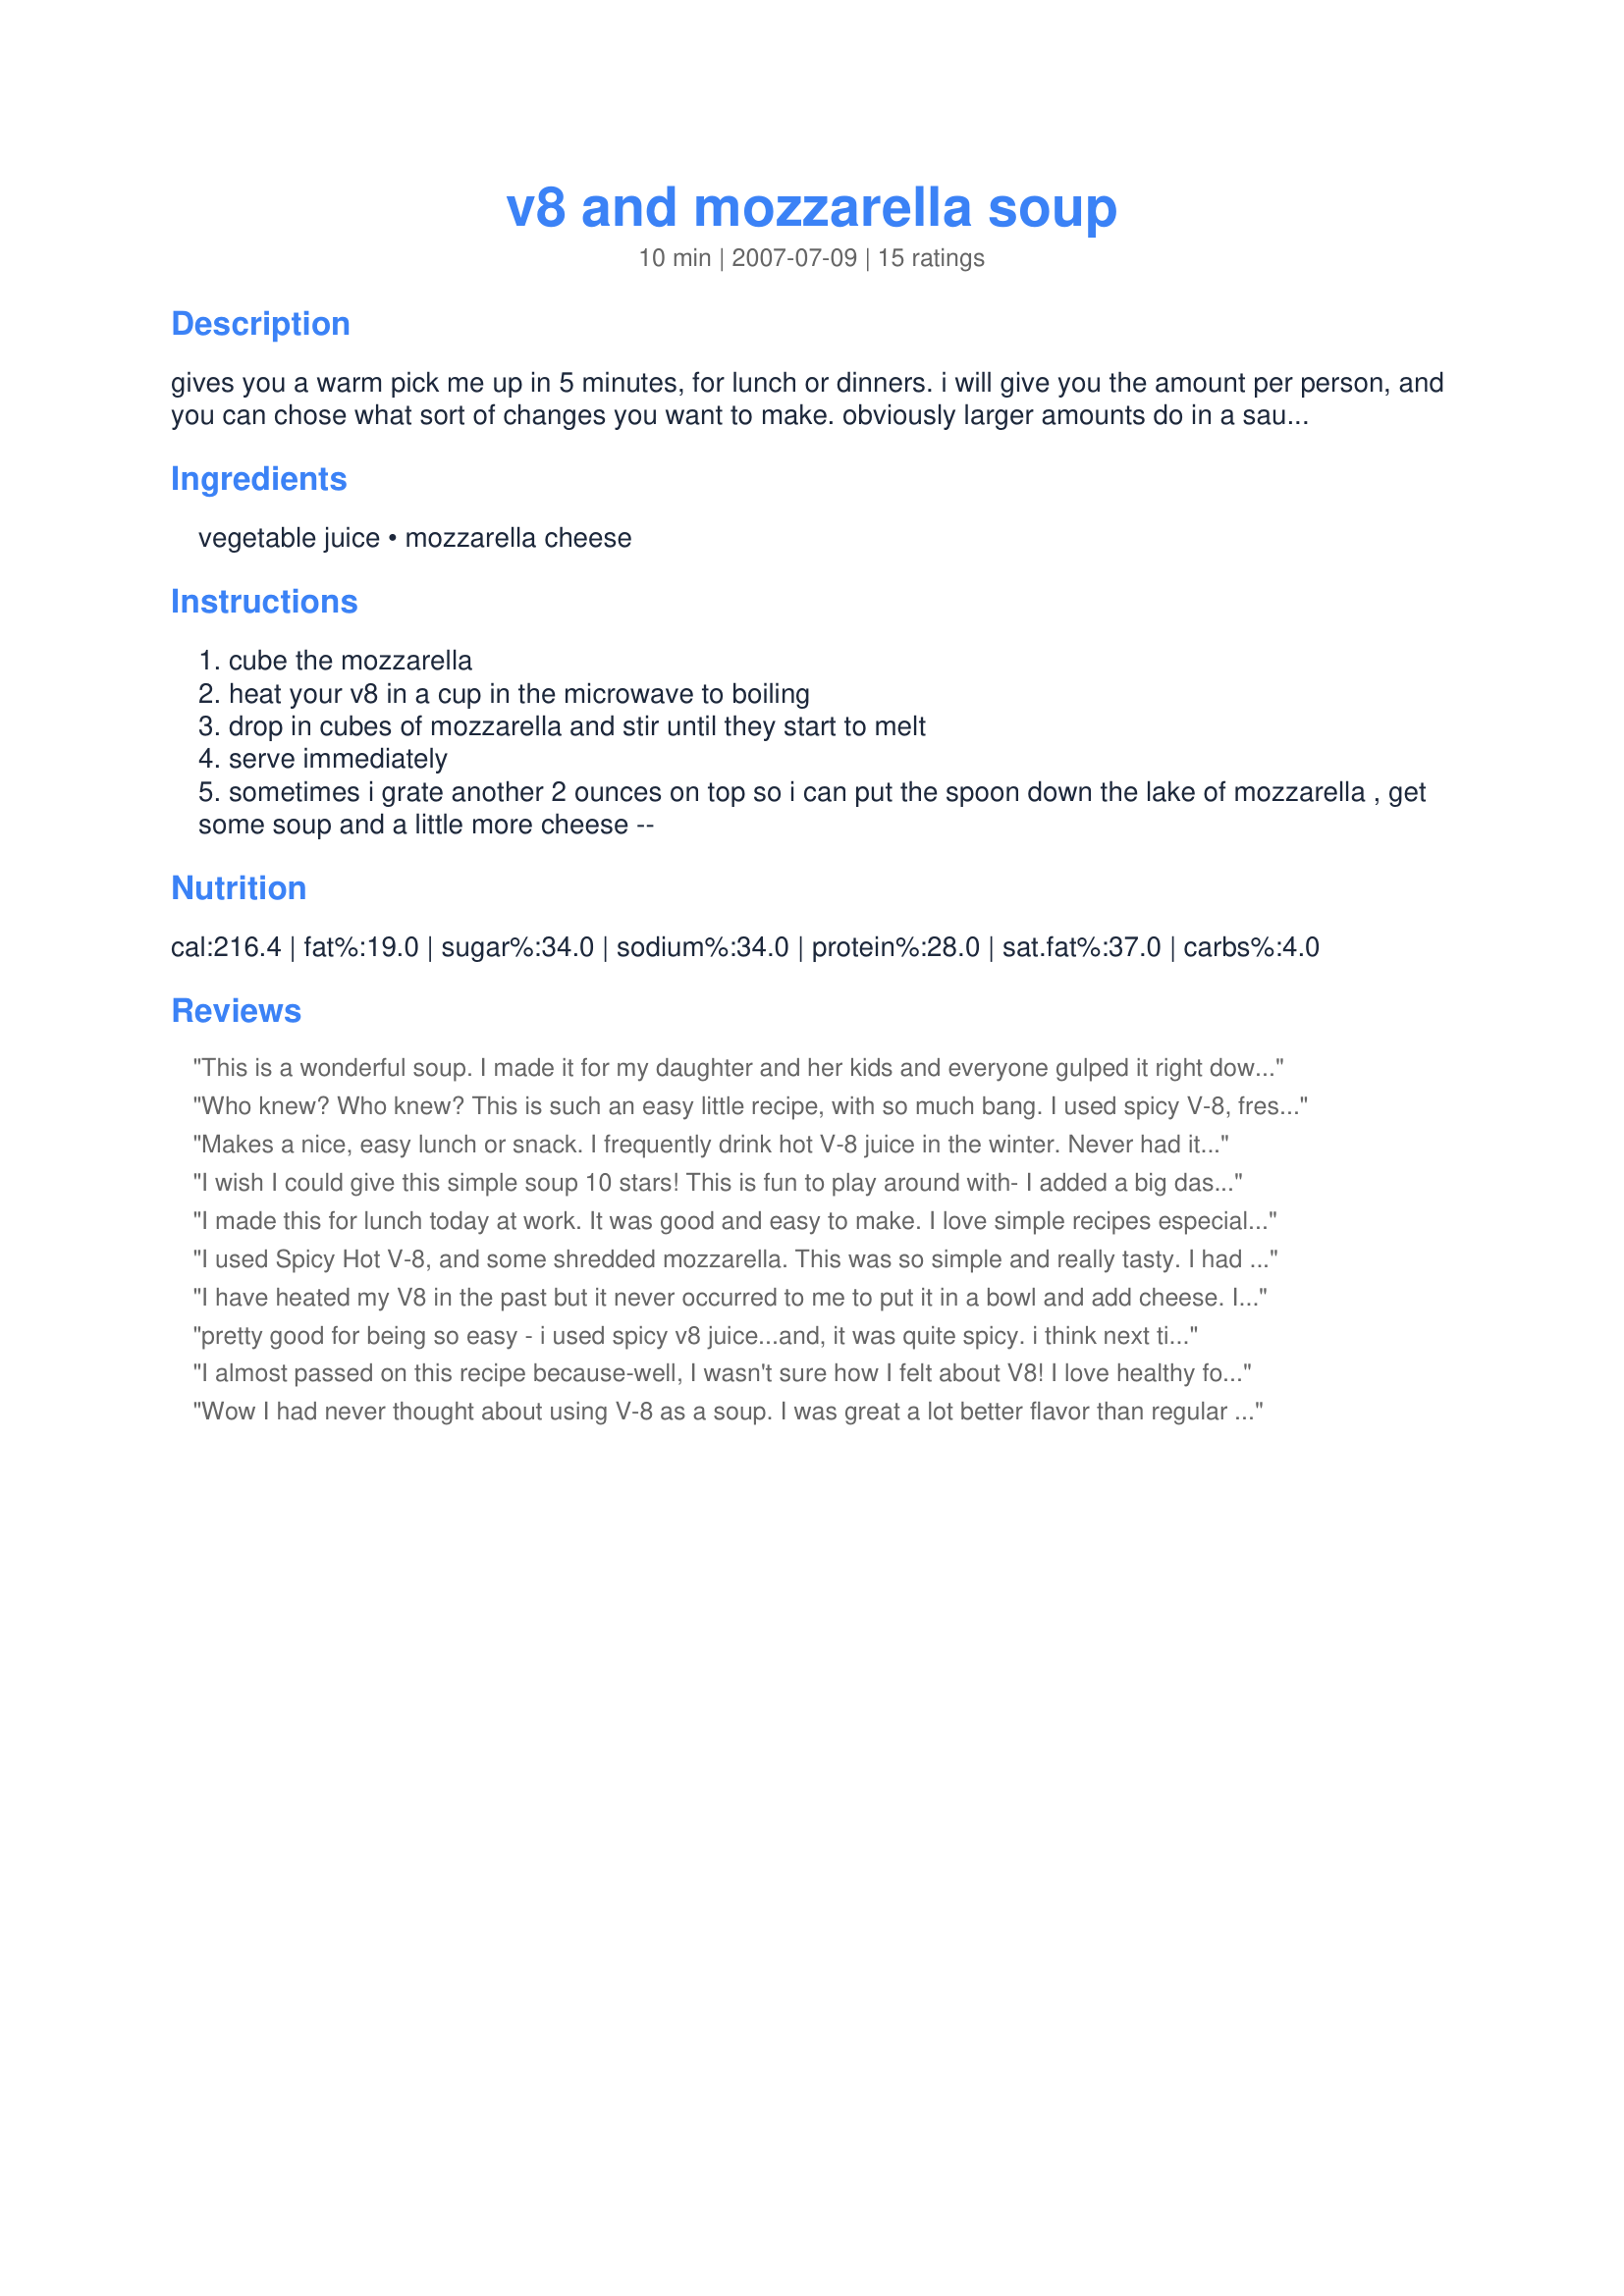
v8 and mozzarella soup
Preparation time: 10 minutes

gives you a warm pick me up in 5 minutes, for lunch or dinners. i will give you the amount per person, and you can chose what sort of changes you want to make. obviously larger amounts do in a saucepan lol. this is what i do for lunch in a hurry. satisfying, easy and can be dressed up in many ways. this is just the base which is great on its own..

Ingredients:
vegetable juice, mozzarella cheese

Steps:
cube the mozzarella
heat your v8 in a cup in the microwave to boiling
drop in cubes of mozzarella and stir until they start to melt
serve immediately
sometimes i grate another 2 ounces on top so i can put the spoon down the lake of mozzarella , get some soup and a little more cheese --

Reviews:
This is a wonderful soup. I made it for my daughter and her kids and everyone gulped it right down and asked for more! Next time we will try it with croutons and broiled as Kizzikate suggests. Also, I tried it with cheddar instead of mozarella, also very good.
Thanks MarraMamba.
Who knew? Who knew? This is such an easy little recipe, with so much bang. I used spicy V-8, fresh mozzarella, and was absolutely delicious. I even added a pinch of red pepper flakes to the top. I have obviously been hiding in a ground hog hole, as I would of never even thought of warming up V-8, although I confess to using in other food items. These are the kind of recipes and methods I absolutely love, as it just seems like I should of thought of this before. Thank you Marra, for you showing me the way to a delicious, filling, and quite lovely soup on this late afternoon in the Fall 2008. Made for *Everyday is a Holiday*
Makes a nice, easy lunch or snack. I frequently drink hot V-8 juice in the winter. Never had it as a "soup" though. I added some black pepper to mine. I think Spicy V-8 would be even better. Thanx for sharing this!
I wish I could give this simple soup 10 stars! This is fun to play around with- I added a big dash of Worchestersire, and added some croutons for crunch. Topped with the cheese, then ran under the broiler, just like French Onion soup. YUM!!! This is too simple to be so good!
I made this for lunch today at work. It was good and easy to make. I love simple recipes especially for lunch. Made the recipe as written. Will be making again. Thanks MarraMamba!
I used Spicy Hot V-8, and some shredded mozzarella. This was so simple and really tasty. I had this with a sandwich at lunch today, and was pleasantly surprised by it. Like Andi said, I can't believe I haven't thought of doing this before! Great idea! Made for Everyday is a Holiday tag!
I have heated my V8 in the past but it never occurred to me to put it in a bowl and add cheese. I added some mixed herbs on top.This was a warming and pleasing lunch. My cheese promptly sank but it was kind of fun scooping up spoons of it with the V8. A perfect lunch or light dinner with a biscuit on the side. Thanks Marra for a great base idea.
pretty good for being so easy - i used spicy v8 juice...and, it was quite spicy. i think next time i'd use regular, and add some spices
I almost passed on this recipe because-well, I wasn't sure how I felt about V8! I love healthy food but I never thought I liked V8. This was absolutely fabulous! I used a small can for a single serving-added 1/16 tsp garlic powder, onion powder & black pepper, then 1/4 tsp worch sauce. I only used about 2 tbsp reduced fat mozzarella. I simmered it on the stovetop for about 5 minutes, then sprinkled with a little parmesan. I had added a few whole grain croutons, but I actually prefer it without! It's perfect with a sandwich. I will have this again for sure & thank u for sharing!!
Wow I had never thought about using V-8 as a soup. I was great a lot better flavor than regular tomato soup. I added a bit of black pepper also and a dash of hot pepper. I served mine with goldfish crackers. It was an excellent snack in just a couple minutes in the microwave. Oh I didnt heat it to boiling but rather stopped just before it started boiling. It still worked fine but the cheese didnt melt as fast.
Cannot wait to try this, love V8 but suggest the low-sodium version as a healthier alternative. Thanks for the recipe.
I am so glad to see that someone else loves V8 hot like a soup like I do! I love homemade tomato soup and this is the quickest and easiest soup of them all. I hate canned tomato soup b/c they are all kind of on the sweet side and V8 to me is just the right balance of tangy and savory. Thanks for sharing and proving to my BF that I am not the only 'crazy' one!!!
This was a nice dinner with a grilled cheese, and I would've never thought of it, either! I used Spicy V8 - which, oddly enough, ended up being WAY too spicy for me, and I'm a spice fiend. Maybe I got a zippy bottle. I added some milk, reheated, and it worked just fine. :)
Spicy V-8 is the way to go for me! I'll put cheese on almost anything!
Easy peasy! I love it! I've never been a fan of V8 but had some on hand for a 'tomato tea' I'd been drinking while sick. I wanted to try something a little different to finish off the bottle I had open and this was perfect. I did pick a little basil from my garden to chop and add. I had pretzel slim crackers on the side...I can't wait to try again with some of the recommendations noted! Thanks!
